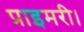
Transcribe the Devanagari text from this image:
प्राइमरी।